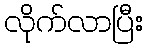
လိုက်လာပြီး